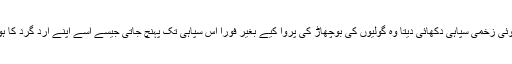
اُسے جہاں کوئی زخمی سپاہی دکھائی دیتا وہ گولیوں کی بوچھاڑ کی پروا کیے بغیر فوراً اس سپاہی تک پہنچ جاتی جیسے اسے اپنے ارد گرد کا ہوش ہی نہ ہو۔